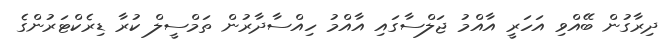
ދިރާގުން ބޭއްވި އަހަރީ އާއްމު ޖަލްސާގައި އާއްމު ހިއްސާދާރުން ތަމްސީލް ކުރާ ޑިރެކްޓަރުންގެ